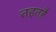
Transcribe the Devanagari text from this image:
तहतहै